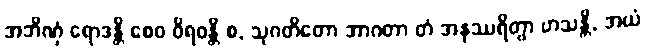
အဘိဏှံ ရောဒန္တိ စေဝ ဝိရဝန္တိ စ, သုဂတိတော အာဂတာ တံ အနုဿရိတွာ ဟသန္တိ, အယံ